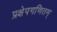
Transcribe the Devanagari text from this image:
प्रक्षेपगणितम्